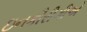
ઇનકૌરીગીએ